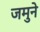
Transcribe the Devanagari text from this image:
जमुने